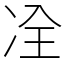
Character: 㓌